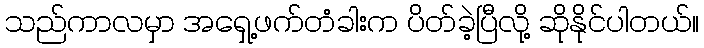
သည်ကာလမှာ အရှေ့ဖက်တံခါးက ပိတ်ခဲ့ပြီလို့ ဆိုနိုင်ပါတယ်။